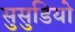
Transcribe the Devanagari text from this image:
सुसुडियो